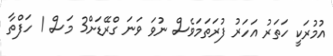
އުމުރަކީ ހަތަރު އަހަރު ފުރަތަމަވެސް ނުވަ ވަނަ ގްރޭޑަށް3 މަސް 1 ހަފްތާ